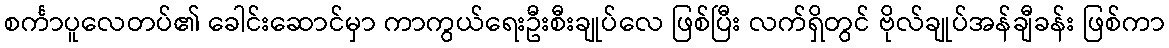
စင်္ကာပူလေတပ်၏ ခေါင်းဆောင်မှာ ကာကွယ်ရေးဦးစီးချုပ်လေ ဖြစ်ပြီး လက်ရှိတွင် ဗိုလ်ချုပ်အန်ချီခန်း ဖြစ်ကာ